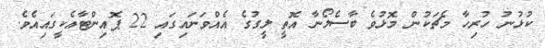
ކުޅުނު ހުރިހާ މެޗަކުން މޮޅުވެ ބާސެލޯނާ އޮތީ ލީގުގެ އެއްވަނައިގައި 22 ޕޮއިންޓާއެކީގައިއެވެ.